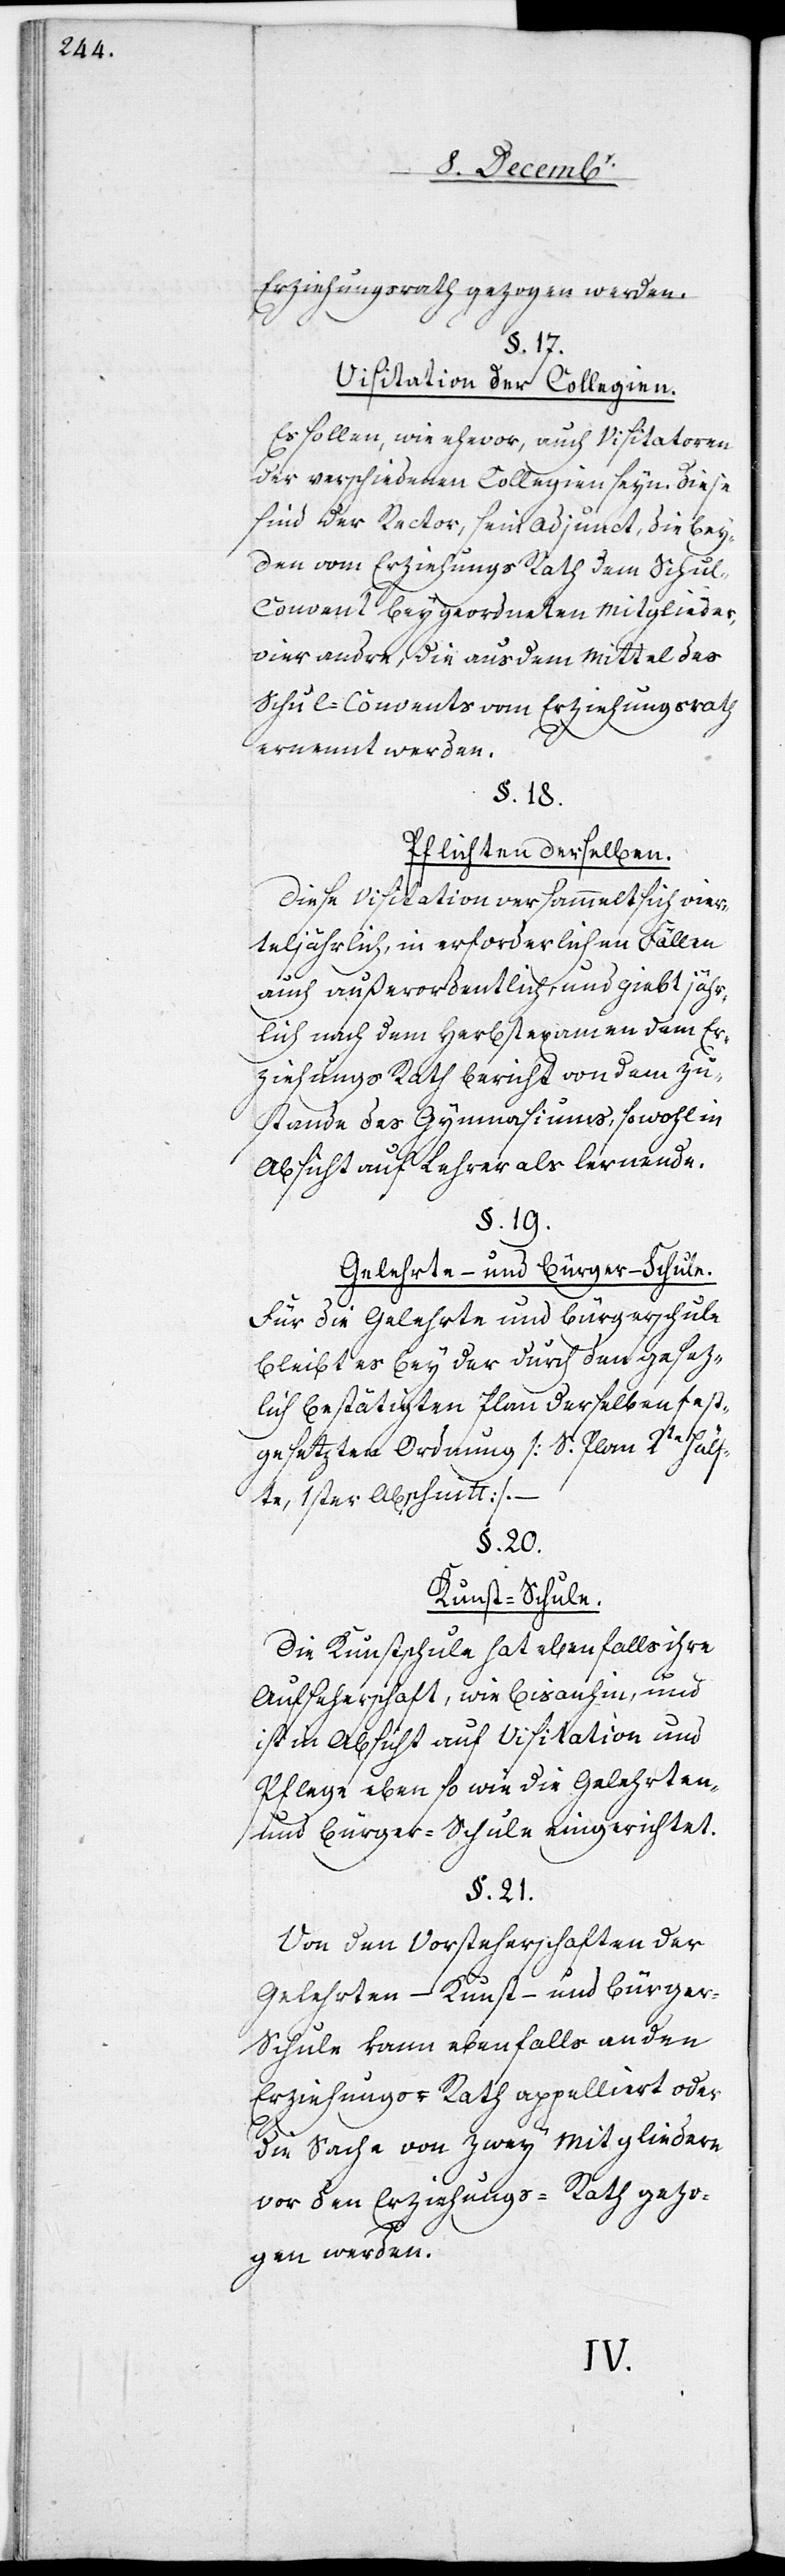
Erziehungsrath gezogen werden.
§. 17.
Visitation der Collegien.
Es sollen, wie ehevor, auch Visitatoren
der verschiedenen Collegien seyn. Diese
sind der Rector, sein Adjunct, die bey¬
den vom Erziehungs[-]Rath dem Schu¬
l-Convent beygeordneten Mitglieder,
vier andre, die aus dem Mittel des
Schul-Convents vom Erziehungsrath
ernennt werden.
§. 18.
Pflichten derselben.
Diese Visitation versammelt sich vier¬
teljährlich, in erforderlichen Fällen
auch außerordentlich, und giebt jähr¬
lich nach dem Herbstexamen dem Er¬
ziehungs[-]Rath Bericht von dem Zu¬
stande des Gymnasiums, sowohl in
Absicht auf Lehrer als Lernende.
§. 19.
Gelehrte- und Bürger-Schule.
Für die Gelehrte- und Bürgerschule
bleibt es bey der durch den gesez¬
lich bestätigten Plan derselben fest¬
gesetzten Ordnung [S. Plan 2te Hälf¬
te, 1ster Abschnitt].
§. 20.
Kunst-Schule.
Die Kunstschule hat ebenfalls ihre
Aufseherschaft, wie bis anhin, und
ist in Absicht auf Visitation und
Pflege eben so wie die Gelehrten-
und Bürger-Schule eingerichtet.
§. 21.
Von der Vorsteherschaft der
Gelehrten-[,] Kunst- und Bürge¬
r-Schule kann ebenfalls an den
Erziehungs-Rath appelliert oder
die Sache von zwey Mitgliedern
vor den Erziehungs-Rath gezo¬
gen werden.